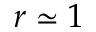
r \simeq 1